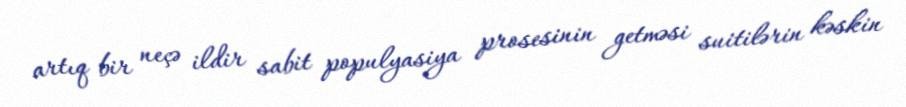
artıq bir neçə ildir sabit populyasiya prosesinin getməsi suitilərin kəskin